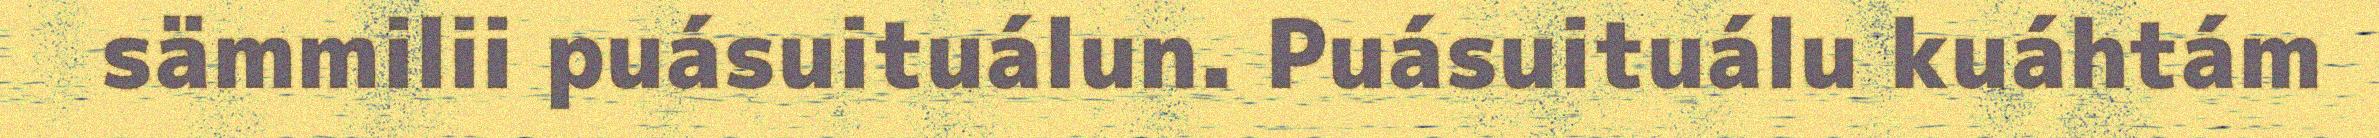
sämmilii puásuituálun. Puásuituálu kuáhtám